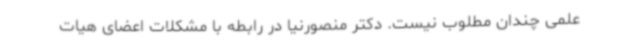
علمی چندان مطلوب نیست. دکتر منصورنیا در رابطه با مشکلات اعضای هیات